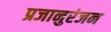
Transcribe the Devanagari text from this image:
प्रजानुरंजन